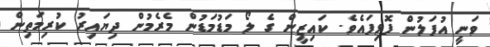
ވަނީ އުފަލުން ފޮޅިފައެވެ. ކައިޒީން ގެ ލޯ މަޑުމަޑުން މެރެމުން ދިޔައިރު ކުރިމަތިން